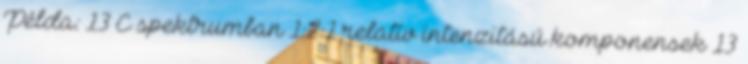
Példa: 13 C spektrumban 1:2:1 relatív intenzitású komponensek 13